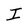
Character: I